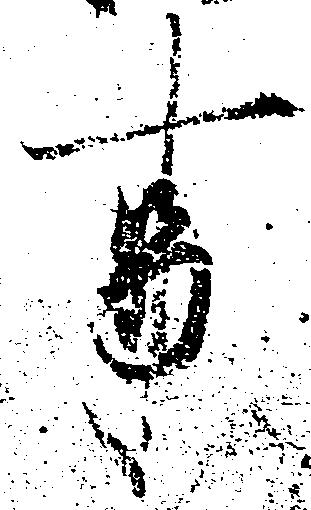
事